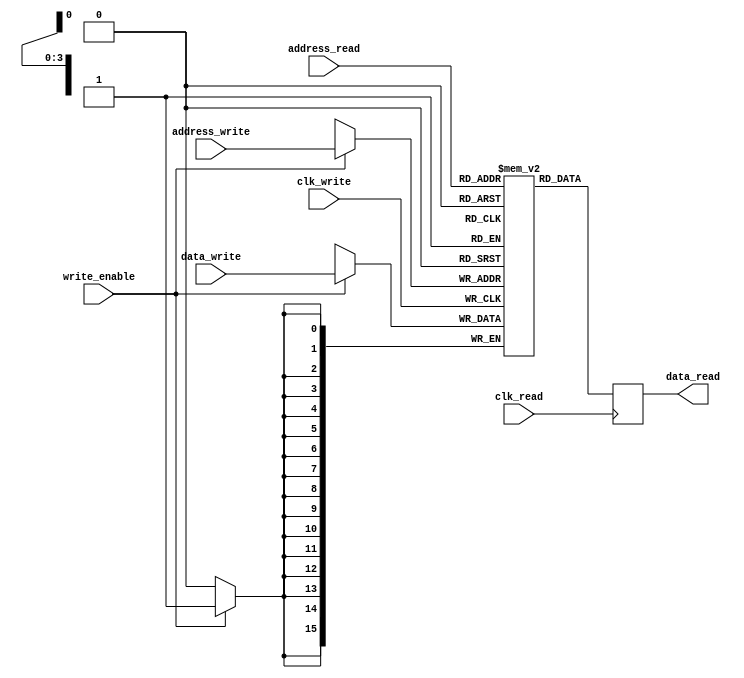

`define D_WIDTH 16
`define A_WIDTH 4
`define A_MAX 16


module ram (clk_write, address_write,
  data_write, write_enable,
  clk_read, address_read, data_read);
  



  input                clk_write;
  input  [`A_WIDTH-1:0] address_write;
  input  [`D_WIDTH-1:0] data_write;
  input                write_enable;


  input                clk_read;
  input  [`A_WIDTH-1:0] address_read;
  output [`D_WIDTH-1:0] data_read;
  
  reg    [`D_WIDTH-1:0] data_read;
  

  reg [`D_WIDTH-1:0] memory [`A_MAX-1:0];


  always @(posedge clk_write) begin
    if (write_enable) begin
      memory[address_write] <= data_write;
    end
  end


  always @(posedge clk_read) begin
    data_read <= memory[address_read];
  end

endmodule